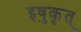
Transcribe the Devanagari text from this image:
इषुकृत्